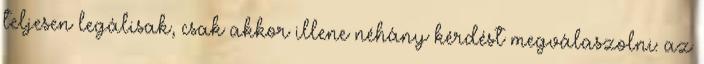
teljesen legálisak, csak akkor illene néhány kérdést megválaszolni: az